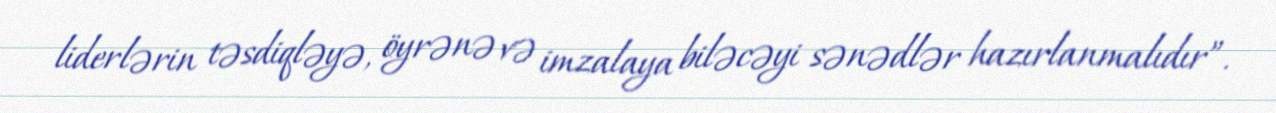
liderlərin təsdiqləyə, öyrənə və imzalaya biləcəyi sənədlər hazırlanmalıdır”.